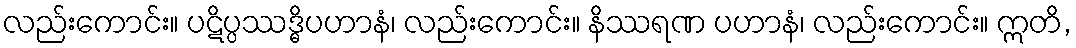
လည်းကောင်း။ ပဋိပ္ပဿဒ္ဓိပဟာနံ၊ လည်းကောင်း။ နိဿရဏ ပဟာနံ၊ လည်းကောင်း။ ဣတိ,